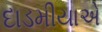
દાડમીયાએ